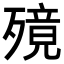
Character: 𣩜